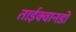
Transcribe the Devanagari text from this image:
ताईक्वानडो